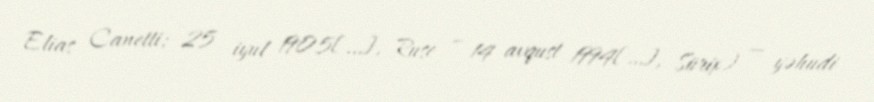
Elias Canetti; 25 iyul 1905[…], Ruse – 14 avqust 1994[…], Sürix) — yəhudi